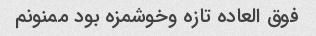
فوق العاده تازه وخوشمزه بود ممنونم